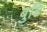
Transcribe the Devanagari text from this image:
बुढि